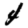
Digit: 4